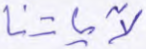
لآياتنا